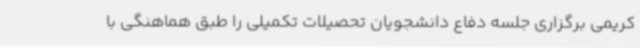
کریمی برگزاری جلسه دفاع دانشجویان تحصیلات تکمیلی را طبق هماهنگی با